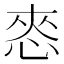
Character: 㤲